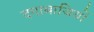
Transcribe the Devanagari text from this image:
दगाबाजियों